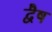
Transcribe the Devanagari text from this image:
द्वैष